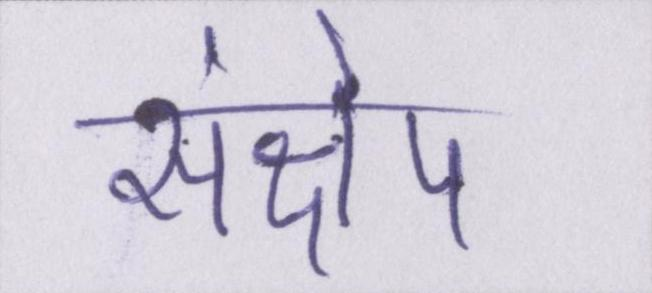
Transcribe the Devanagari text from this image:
संक्षेप